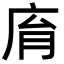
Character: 𢈋